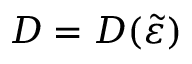
D = D ( \widetilde { \varepsilon } )